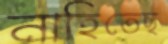
নাহিতেছ